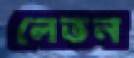
লেভন